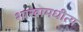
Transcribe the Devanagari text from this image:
शाखामधीत्य